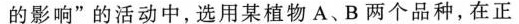
的影响” 的活动中，选用某植物 A、B 两个品种，在正